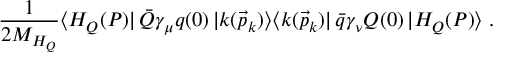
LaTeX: \frac { 1 } { 2 M _ { H _ { Q } } } \langle H _ { Q } ( P ) | \, \bar { Q } \gamma _ { \mu } q ( 0 ) \, | k ( \vec { p } _ { k } ) \rangle \langle k ( \vec { p } _ { k } ) | \, \bar { q } \gamma _ { \nu } Q ( 0 ) \, | H _ { Q } ( P ) \rangle \; .